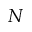
N